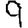
Digit: 9